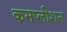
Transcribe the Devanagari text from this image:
कमप्लीशन